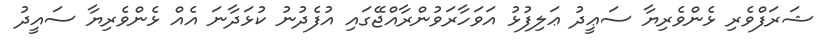
ޝަރަފްވެރި ޅެންވެރިޔާ ސަޢީދު ޢަލިފުޅު އަވަހާރަވުންރާއްޖޭގައި އުފެދުނު ކުޅަދާނަ އެއް ޅެންވެރިޔާ ސައީދު